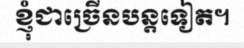
ខ្ញុំជាច្រើនបន្តទៀត។